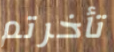
تأخرتم